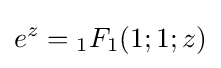
e^{z}={}_{1}F_{1}(1;1;z)